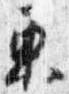
東